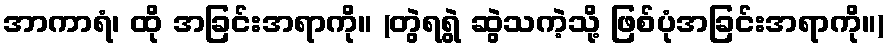
အာကာရံ၊ ထို အခြင်းအရာကို။ (တွဲရရွဲ ဆွဲသကဲ့သို့ ဖြစ်ပုံအခြင်းအရာကို။)